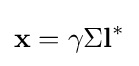
\mathbf {x} =\gamma \Sigma \mathbf {l} ^{*}